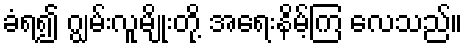
ခံရ၍ ဂျွမ်းလူမျိုးတို့ အရေးနိမ့်ကြ လေသည်။